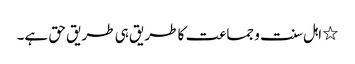
٭ اہل سنت و جماعت کا طریق ہی طریق حق ہے۔